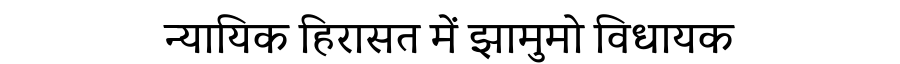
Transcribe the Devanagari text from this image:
न्यायिक हिरासत में झामुमो विधायक